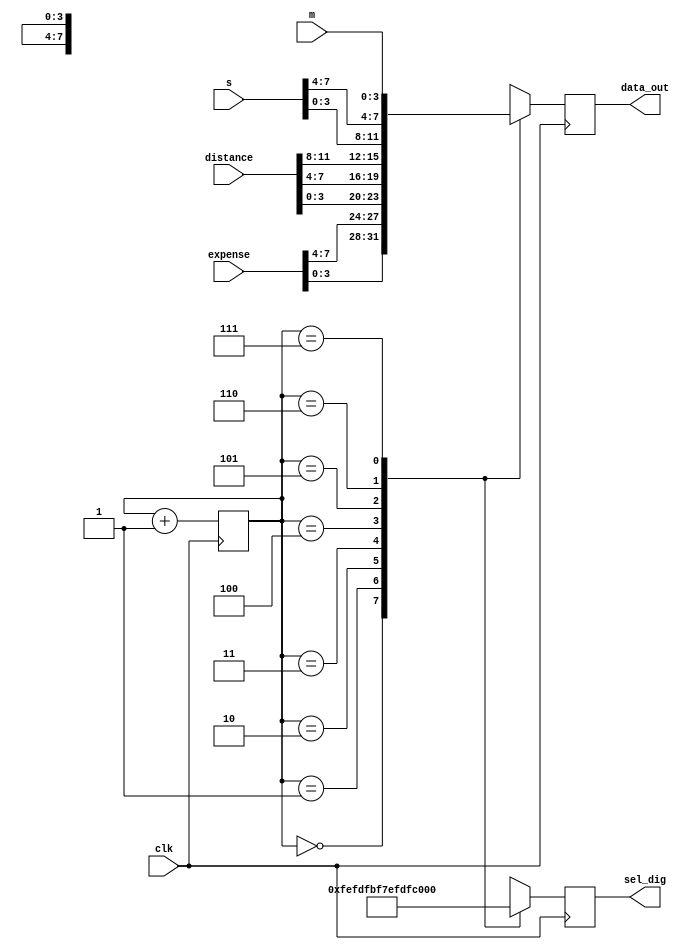
module scanner(clk,data_out,sel_dig,distance,m,s,expense);
input clk;
input [11:0]distance;
input [7:0]expense;
input [7:0]s;
input [3:0]m;
output reg [3:0]data_out;
output reg [7:0]sel_dig;
reg [2:0]i;
always @(posedge clk)begin
	i<=i+3'd1;
	case(i)
		3'd0:begin data_out<=expense[3:0];  sel_dig<=8'b11111110; end
		3'd1:begin data_out<=expense[7:4];  sel_dig<=8'b11111101; end
		3'd2:begin data_out<=distance[3:0]; sel_dig<=8'b11111011; end
		3'd3:begin data_out<=distance[7:4]; sel_dig<=8'b11110111; end
		3'd4:begin data_out<=distance[11:8];sel_dig<=8'b11101111; end
		3'd5:begin data_out<=s[3:0];        sel_dig<=8'b11011111; end
		3'd6:begin data_out<=s[7:4];        sel_dig<=8'b10111111; end
		3'd7:begin data_out<=m[3:0];        sel_dig<=8'b01111111; end
	endcase
end
endmodule